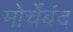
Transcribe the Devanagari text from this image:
मोर्चेबंद